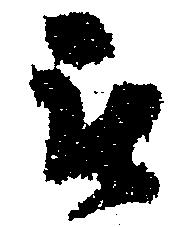
被